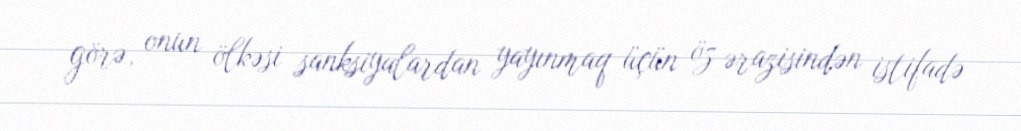
görə, onun ölkəsi sanksiyalardan yayınmaq üçün öz ərazisindən istifadə